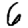
Digit: 6